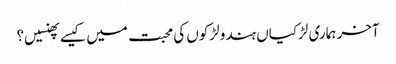
آخر ہماری لڑکیاں ہندو لڑکوں کی محبت میں کیسےپھنسیں؟